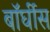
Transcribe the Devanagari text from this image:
बॉर्घीस